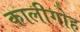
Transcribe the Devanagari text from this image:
कालीगोह